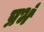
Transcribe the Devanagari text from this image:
प्रभं